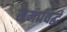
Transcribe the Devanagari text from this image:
समाविद्धं